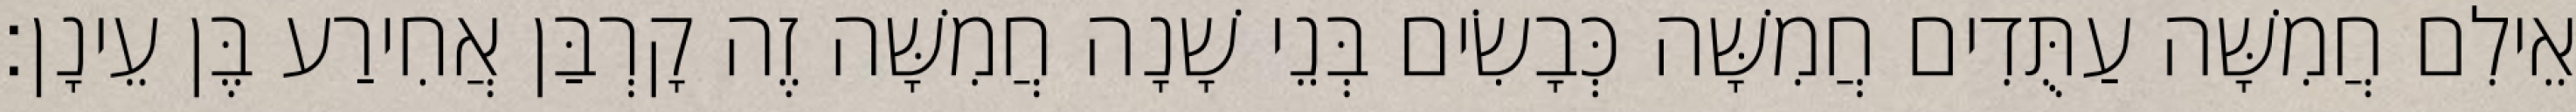
אֵילִם חֲמִשָּׁה עַתֻּדִים חֲמִשָּׁה כְּבָשִׂים בְּנֵי שָׁנָה חֲמִשָּׁה זֶה קָרְבַּן אֲחִירַע בֶּן עֵינָן׃